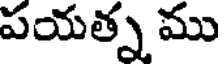
పయత్న ము